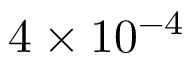
4 \times 1 0 ^ { - 4 }